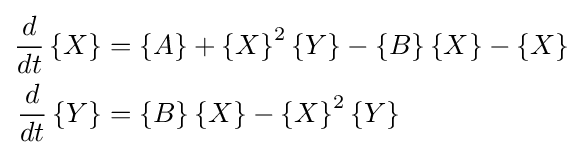
{\begin{aligned}{d \over dt}\left\{X\right\}&=\left\{A\right\}+\left\{X\right\}^{2}\left\{Y\right\}-\left\{B\right\}\left\{X\right\}-\left\{X\right\}\\{d \over dt}\left\{Y\right\}&=\left\{B\right\}\left\{X\right\}-\left\{X\right\}^{2}\left\{Y\right\}\end{aligned}}